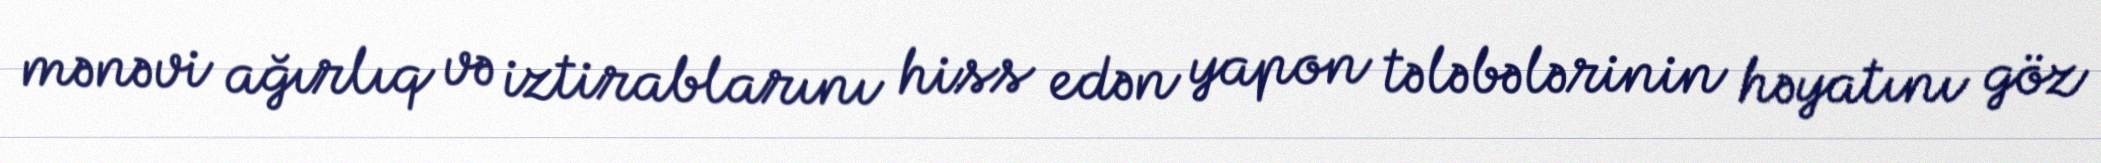
mənəvi ağırlıq və iztirablarını hiss edən yapon tələbələrinin həyatını göz